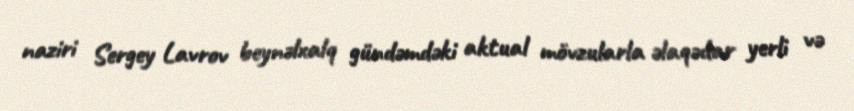
naziri Sergey Lavrov beynəlxalq gündəmdəki aktual mövzularla əlaqədar yerli və